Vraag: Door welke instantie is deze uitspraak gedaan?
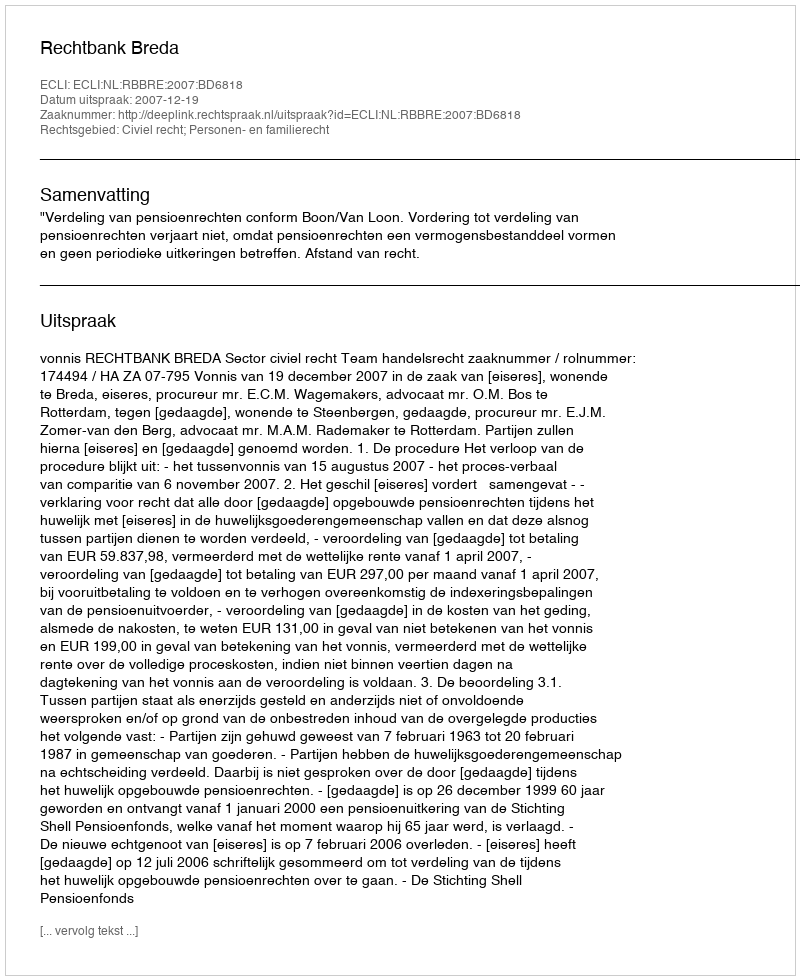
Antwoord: Rechtbank Breda